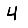
Digit: 4